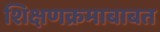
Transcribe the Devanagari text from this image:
शिक्षणक्रमाबाबत